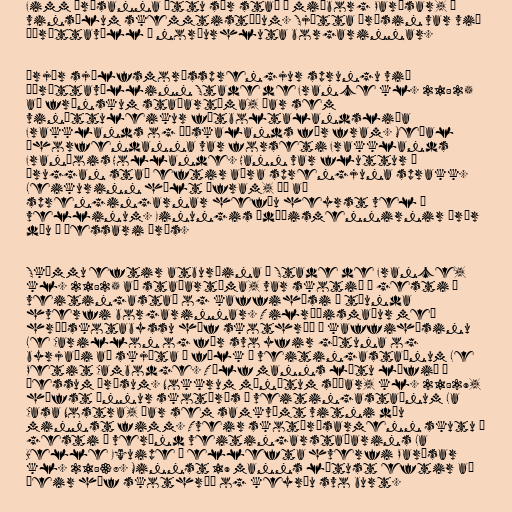
Fimm árásanna áttu sér stað í miðborg Parísar, á
vinsælum skemmtistöðum. Sjötta árásin var við
íþróttavöll í norðurhluta borgarinnar.

Þrjár sjálfsmorðssprengjur sprungu við
íþróttavöllinn Stade de France kl. 21:25
að frönskum staðartíma, þar sem
vináttuleikur fótboltalandsliða
Frakklands og Þýskalands fór fram. Meðal
áhorfendanna var forseti Frakklands
François Hollande. Hann var fluttur á
öruggan stað eftir aðra sprengjuna sprakk.
Leikurinn hélt áfram, þó að
sprengingarnar hefðu heyrst vel í
vellinum. Einungis ódæðismennirnir þrír
dóu í þessari árás.

Skömmu eftir atburðina í Stade de France,
kl. 21:25 að staðartíma, var skotið á gesti á
veitingastað og kaffihúsi í tíunda
hverfi borgarinnar. Tilræðismaður með
hríðskotabyssu hóf skothríð á kaffihúsinu
Le Carillon og fór svo yfir götuna og
byrjaði að skjóta á fólk á veitingastaðnum Le
Petit Cambodge. Tólf manns létu lífið í
þessum árásum. Nokkrum mínútum síðar, kl. 21:29,
hófst önnur skotárás á veitingastaðnum La
Casa Nostra, þar sem samkvæmt vitni dóu
minnst fimm. Tveir skotárásarmenn skutu á
gesti á verönd veitingarstaðarins La
Belle Equipe í ellefta hverfi Parísar
kl. 21:38. Minnst 19 manns létust eftir að
þeir hóf skothríð og keyrðu svo burt.